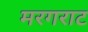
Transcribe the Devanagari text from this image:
मरगराट